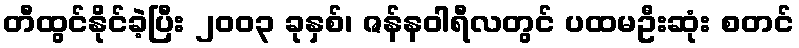
တီထွင်နိုင်ခဲ့ပြီး ၂၀၀၃ ခုနှစ်၊ ဇန်နဝါရီလတွင် ပထမဦးဆုံး စတင်